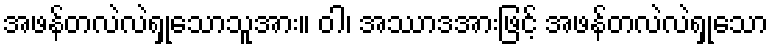
အဖန်တလဲလဲရှုသောသူအား။ ဝါ၊ အဿာဒအားဖြင့် အဖန်တလဲလဲရှုသော